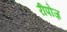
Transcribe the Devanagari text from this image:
रीपोज़